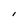
Character: I